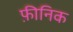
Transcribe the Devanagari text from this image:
फ़ीनिक